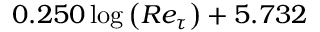
0 . 2 5 0 \log { \left( R e _ { \tau } \right) } + 5 . 7 3 2